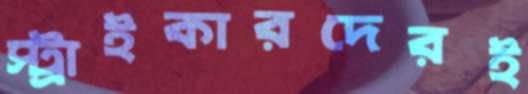
স্ট্রাইকারদেরই